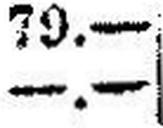
—.—